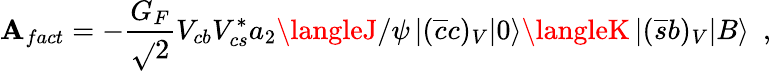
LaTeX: \mathbf{A}_{fact}=-{\frac{{G_{F}}}{{\sqrt{}{{2}}}}}V_{cb}V_{cs}^{*}{{a_{2}}}\langleJ/\psi\left|(\overline{{{{c}}}}c)_{V}\right|0\rangle\langleK\left|(\overline{{{{s}}}}b)_{V}\right|{B}\rangle~~,